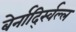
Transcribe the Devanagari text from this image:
बेर्नार्द्स्विल्ल